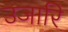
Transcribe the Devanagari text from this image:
उजारि